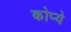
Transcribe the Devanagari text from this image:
कोप्ये